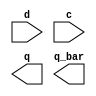
module problem1 (input d, input c, output q, output q_bar);
endmodule